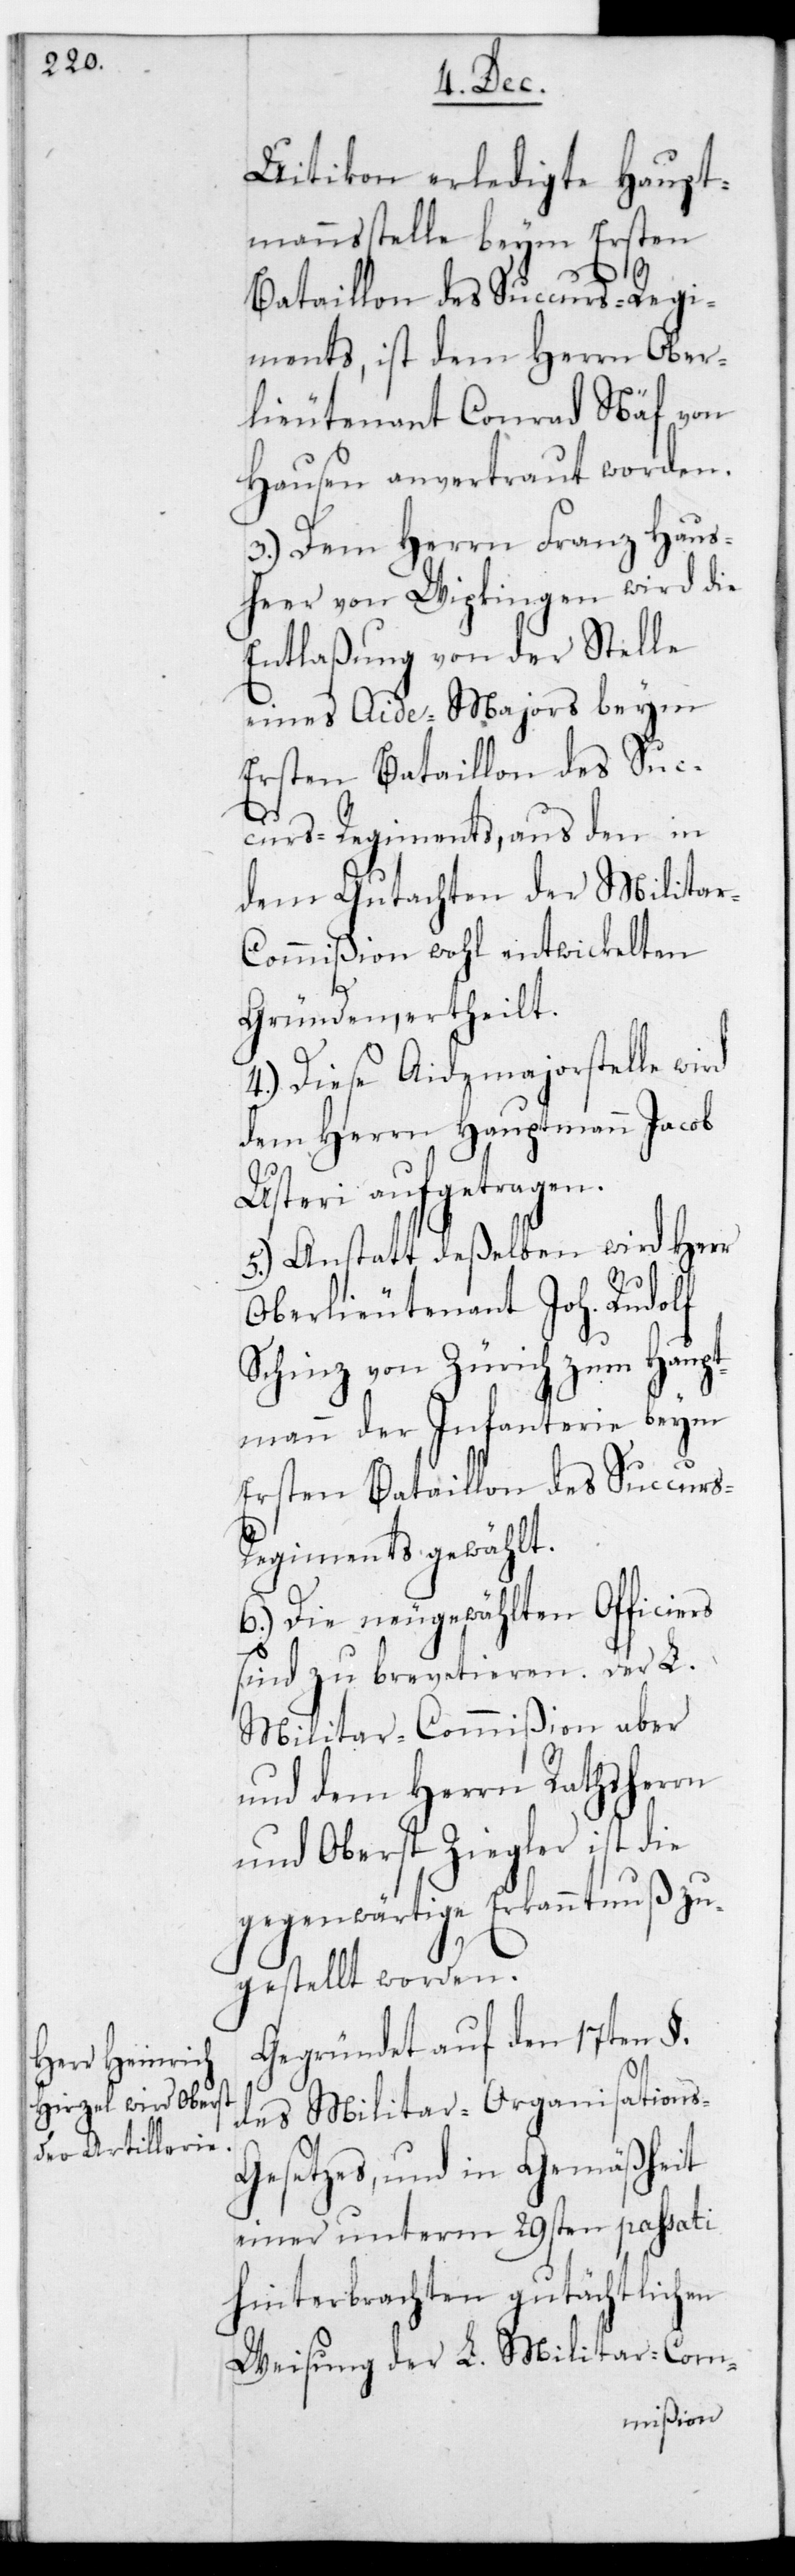
Uitikon erledigte Haupt¬
mannsstelle beym Ersten
Bataillon des Succurs-Regi¬
ments, ist dem Herrn Ober¬
lieutenant Conrad Näf von
Hausen anvertraut worden.
3.) Dem Herrn Franz Haus¬
heer von Wipkingen wird die
Entlaßung von der Stelle
eines Aide-Majors beym
Ersten Bataillon des Suc¬
curs-Regiments, aus den in
dem Gutachten der Militar-C¬
ommißion wohl entwickelten
Gründen ertheilt.
4.) Diese Aide-Major-Stelle wird
dem Herrn Hauptmann Jacob
Usteri aufgetragen.
5.) Anstatt deßelben wird Herr
Oberlieutenant Joh. Rudolf
Schinz von Zürich zum Haupt¬
mann der Infanterie beym
ersten Bataillon des Succur¬
s-Regiments gewählt.
6.) Die neugewählten Officiers
sind zu brevetieren. Der L.
Militar-Commißion aber
und dem Herrn Rathsherrn
und Oberst Ziegler ist die
gegenwärtige Erkanntnuß zu¬
gestellt worden.
Gegründet auf den 17ten §..
des Militar-Organisations¬
gesetzes, und in Gemäßheit
einer unterm 29sten passati
hinterbrachten gutächtlichen
Weisung der L. Militar-Com-